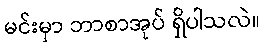
မင်းမှာ ဘာစာအုပ် ရှိပါသလဲ။